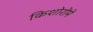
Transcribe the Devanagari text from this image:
किशोरोंमें